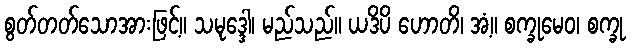
စွတ်တတ်သောအားဖြင့်။ သမုဒ္ဒေါ၊ မည်သည်။ ယဒိပိ ဟောတိ၊ အံ့။ စက္ခုမေဝ၊ စက္ခု